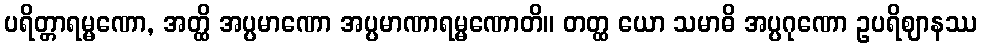
ပရိတ္တာရမ္မဏော, အတ္ထိ အပ္ပမာဏော အပ္ပမာဏာရမ္မဏောတိ။ တတ္ထ ယော သမာဓိ အပ္ပဂုဏော ဥပရိဈာနဿ